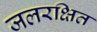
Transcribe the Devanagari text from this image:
जलरक्षित